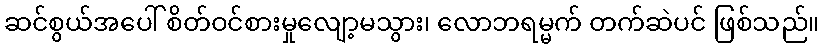
ဆင်စွယ်အပေါ် စိတ်ဝင်စားမှုလျော့မသွား၊ လောဘရမ္မက် တက်ဆဲပင် ဖြစ်သည်။